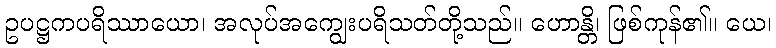
ဥပဋ္ဌကပရိဿာယော၊ အလုပ်အကျွေးပရိသတ်တို့သည်။ ဟောန္တိ၊ ဖြစ်ကုန်၏။ ယေ၊